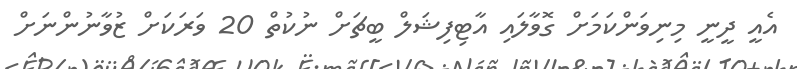
އެއީ ދީނީ މިނިވަންކަމަށް ގޮވާލައި އާޓިފިޝަލް ބީޗަށް ނުކުތް 20 ވަރަކަށް ޒުވާނުންނަށް